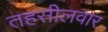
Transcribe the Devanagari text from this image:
तहसीलवार